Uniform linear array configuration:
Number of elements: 24
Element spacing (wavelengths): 1
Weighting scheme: blackman
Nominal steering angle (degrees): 0
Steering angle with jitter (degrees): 1.839
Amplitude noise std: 0.05
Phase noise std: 0.05

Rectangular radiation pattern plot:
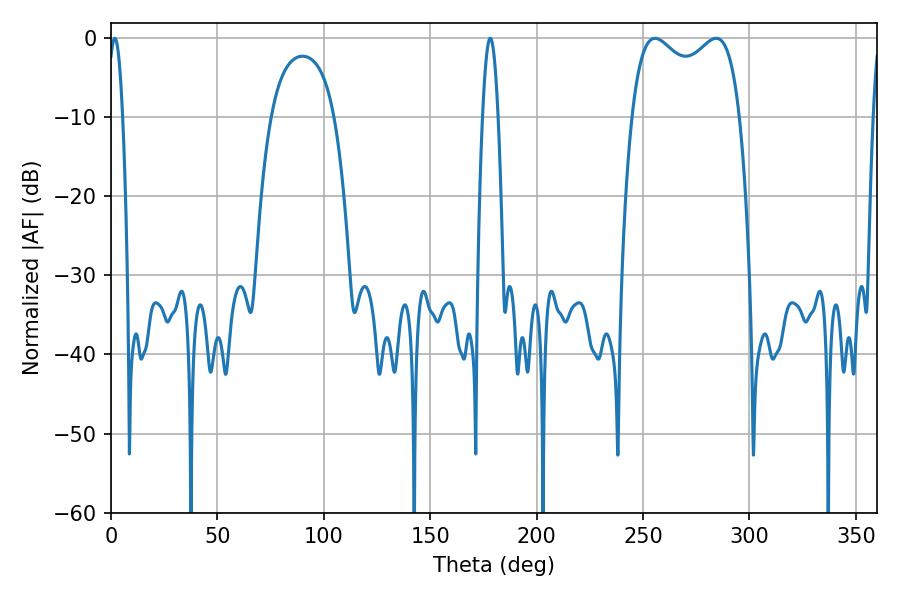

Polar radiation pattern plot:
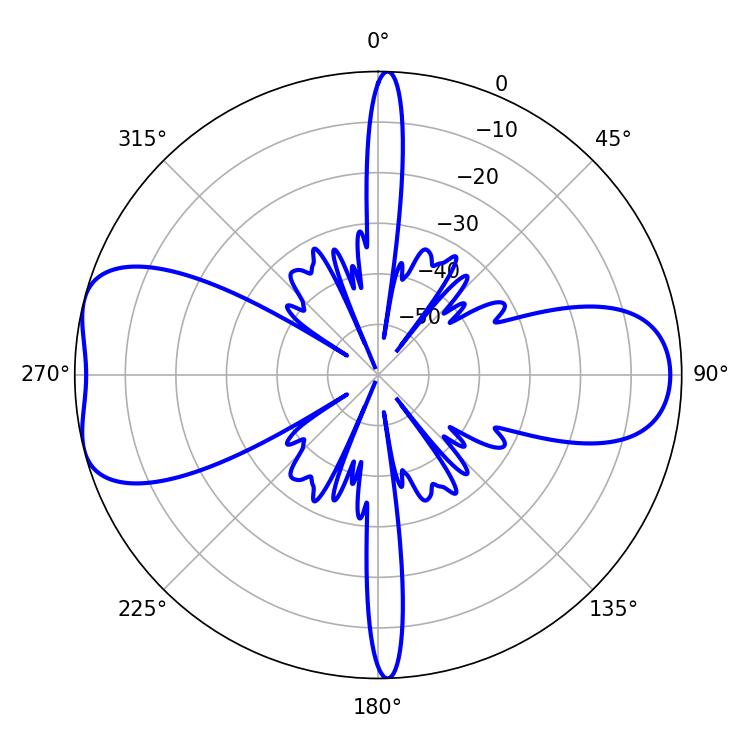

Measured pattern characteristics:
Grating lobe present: TRUE
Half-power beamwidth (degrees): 3.78
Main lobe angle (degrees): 1.8